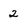
Character: 2